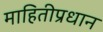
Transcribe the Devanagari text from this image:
माहितीप्रधान